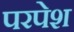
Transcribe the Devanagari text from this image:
परपेश